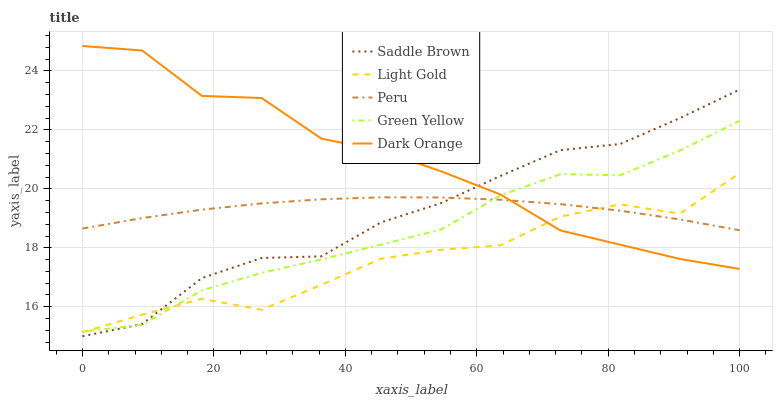
| xaxis_label | Saddle Brown | Light Gold | Peru | Green Yellow | Dark Orange |
 | --- | --- | --- | --- | --- | --- |
 | 0 | 15 | 15.1 | 18.7 | 15.2 | 24.8 |
 | 9.09 | 15.4 | 15.7 | 19 | 15.4 | 24.7 |
 | 18.2 | 17 | 16.3 | 19.3 | 16.6 | 23.2 |
 | 27.3 | 17.7 | 15.9 | 19.5 | 17.2 | 23.1 |
 | 36.4 | 17.7 | 16.7 | 19.6 | 17.6 | 21.7 |
 | 45.5 | 18.9 | 17.6 | 19.7 | 18.1 | 21.3 |
 | 54.5 | 19.5 | 17.9 | 19.7 | 18.6 | 20.6 |
 | 63.6 | 20.4 | 18.1 | 19.6 | 19.8 | 19.8 |
 | 72.7 | 21.3 | 19.1 | 19.5 | 20.5 | 18.6 |
 | 81.8 | 21.5 | 19.5 | 19.3 | 20.5 | 18.1 |
 | 90.9 | 22.4 | 19.2 | 19 | 21.3 | 17.6 |
 | 100 | 23.4 | 20.5 | 18.6 | 22.3 | 17.3 |